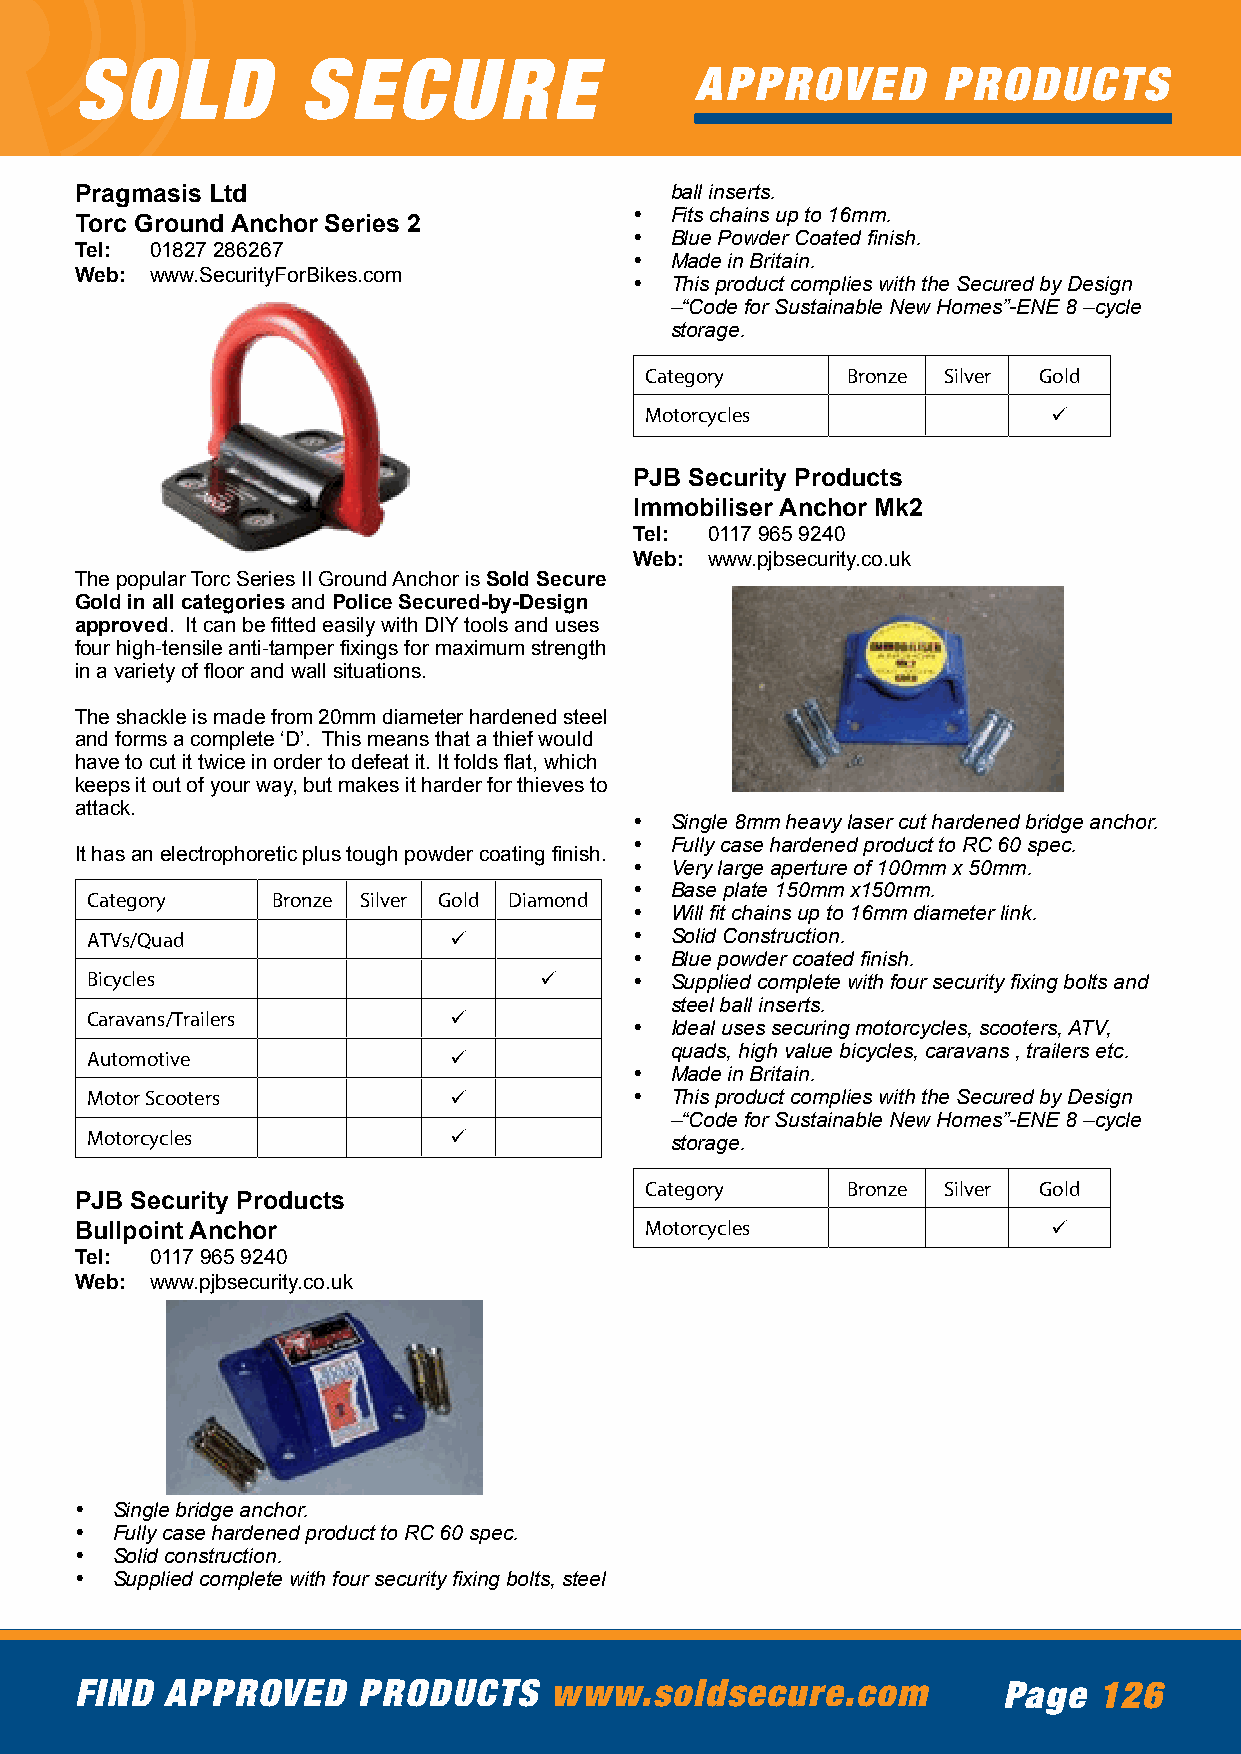
SOLD           SECURE
 APPROVED        PRODUCTS
 Pragmasis Ltd                          ball inserts.
 • Fits chains up to 16mm.
 Torc Ground Anchor Series 2
 • Blue Powder Coated finish.
 Tel: 01827 286267
 • Made in Britain.
 Web: www.SecurityForBikes.com
 • This product complies with the Secured by Design
 –“Code for Sustainable New Homes”-ENE 8 –cycle
 storage.
 Category     Bronze Silver Gold
 Motorcycles                ü
 PJB Security Products
 Immobiliser Anchor Mk2
 Tel: 0117 965 9240
 Web: www.pjbsecurity.co.uk
 The popular Torc Series II Ground Anchor is Sold Secure
 Gold in all categories and Police Secured-by-Design
 approved. It can be fitted easily with DIY tools and uses
 four high-tensile anti-tamper fixings for maximum strength
 in a variety of floor and wall situations.
 The shackle is made from 20mm diameter hardened steel
 and forms a complete ‘D’. This means that a thief would
 have to cut it twice in order to defeat it. It folds flat, which
 keeps it out of your way, but makes it harder for thieves to
 attack.
 • Single 8mm heavy laser cut hardened bridge anchor.
 • Fully case hardened product to RC 60 spec.
 It has an electrophoretic plus tough powder coating finish.
 • Very large aperture of 100mm x 50mm.
 • Base plate 150mm x150mm.
 Category    Bronze Silver Gold Diamond
 • Will fit chains up to 16mm diameter link.
 ATVs/Quad               ü           • Solid Construction.
 • Blue powder coated finish.
 Bicycles                      ü     • Supplied complete with four security fixing bolts and
 steel ball inserts.
 Caravans/Trailers       ü
 • Ideal uses securing motorcycles, scooters, ATV,
 Automotive              ü             quads, high value bicycles, caravans , trailers etc.
 • Made in Britain.
 Motor Scooters          ü           • This product complies with the Secured by Design
 –“Code for Sustainable New Homes”-ENE 8 –cycle
 Motorcycles             ü             storage.
 Category     Bronze Silver Gold
 PJB Security Products
 Bullpoint Anchor                      Motorcycles                ü
 Tel: 0117 965 9240
 Web: www.pjbsecurity.co.uk
 • Single bridge anchor.
 • Fully case hardened product to RC 60 spec.
 • Solid construction.
 • Supplied complete with four security fixing bolts, steel
 FIND  APPROVED     PRODUCTS    www.soldsecure.com            Page   126